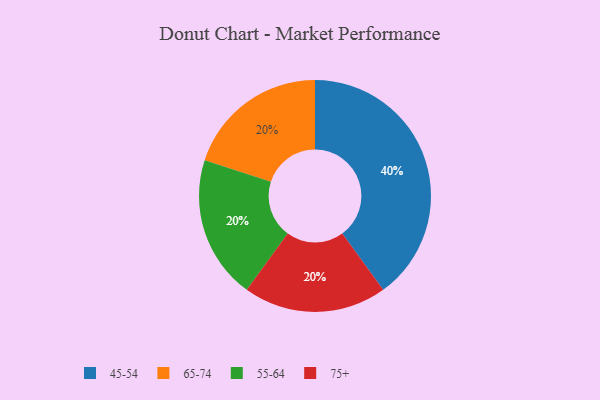
{"axis": {"x": "Category", "y": "Percentage"}, "legend": ["45-54", "55-64", "65-74", "75+"], "data": [{"x": "45-54", "y": 40, "type": "45-54"}, {"x": "65-74", "y": 20, "type": "65-74"}, {"x": "55-64", "y": 20, "type": "55-64"}, {"x": "75+", "y": 20, "type": "75+"}]}